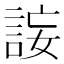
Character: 𧧄